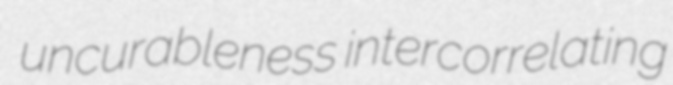
uncurableness intercorrelating